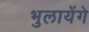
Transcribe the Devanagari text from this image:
भुलायेंगे